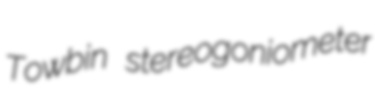
Towbin stereogoniometer